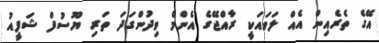
އޭގެ ތެރެއިން އެއް ލަވަައަކީ ރާއްޖޭގެ އެންމެ ވިދުންގަދަ ތަރި ޔޫސުފް ޝަފީއު